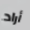
أراد